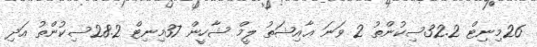
26މިނިޓް 32.2ސިކުންތު 2 ވަނަ ޢާއިޝަތު ލީމް ޝާހީން 37މިނިޓް 28.2ސިކުންތު އަދި